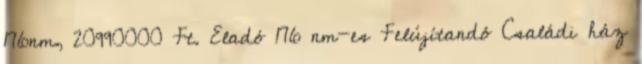
176nm, 20990000 Ft. Eladó 176 nm-es Felújítandó Családi ház